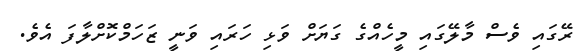
ރޭގައި ވެސް މާލޭގައި މީހެއްގެ ގަޔަށް ވަޅި ހަރައި ވަނީ ޒަހަމްކޮށްލާފަ އެވެ.